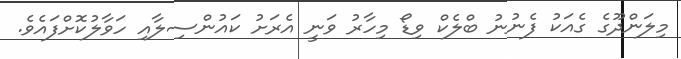
މިލަންދޫގެ ގެއަކު ފެނުނު ބްލެކް ވިޑޯ މިހާރު ވަނީ އެރަށު ކައުންސިލާއި ހަވާލުކޮށްފައެވެ.